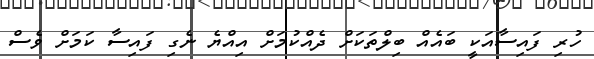
ހުރި ފައިސާއަކީ ބައެއް ބިލްތަކަށް ދެއްކުމަށް އިއްޔެ ނެގި ފައިސާ ކަމަށް ވެސް